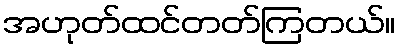
အဟုတ်ထင်တတ်ကြတယ်။